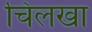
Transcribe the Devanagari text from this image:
चिलखा